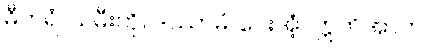
ဓီတရံ၊ သမီးကို။ ဒဿာမိ၊ ပေးအံ့။ ဣတိအာဟ၊